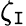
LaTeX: \zeta_{\mathtt{I}}